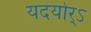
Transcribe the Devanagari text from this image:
यदयोर्ऽ